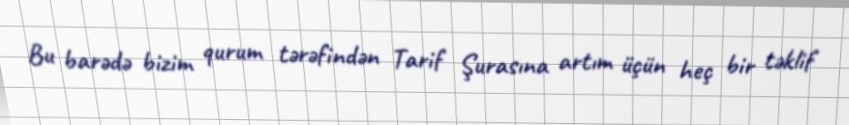
Bu barədə bizim qurum tərəfindən Tarif Şurasına artım üçün heç bir təklif